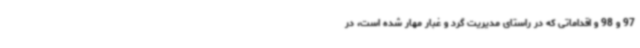
97 و 98 و اقداماتی که در راستای مدیریت گرد و غبار مهار شده است، در